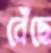
বেঁছে